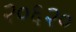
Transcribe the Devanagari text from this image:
२०६२०